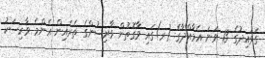
ގަވައިދުގެ 13 ވަނަ އެމާއްދާގެ (ރ)ގައި ވާގޮތުން ވާރިސުންގެ ތެރެއިން އެންމެ ވާރިސަކު